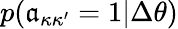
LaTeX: p(\mathfrak{a}_{\kappa\kappa^{\prime}}=1|\Delta\theta)